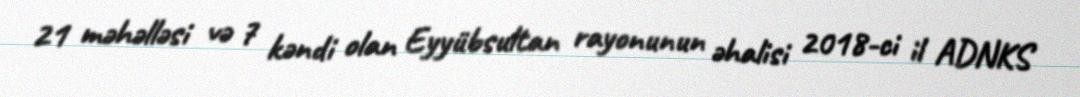
21 məhəlləsi və 7 kəndi olan Eyyübsultan rayonunun əhalisi 2018-ci il ADNKS